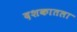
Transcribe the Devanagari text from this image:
दशकातला